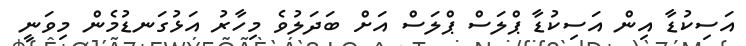
އަސިކުޑާ އިން އަސިކުޑާ ޕްލަސް ޕްލަސް އަށް ބަދަލުވެ މިހާރު އަޅުގަނޑުމެން މިވަނީ